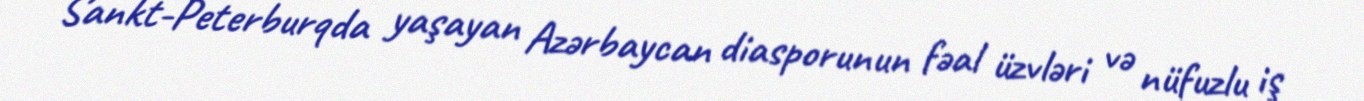
Sankt-Peterburqda yaşayan Azərbaycan diasporunun fəal üzvləri və nüfuzlu iş